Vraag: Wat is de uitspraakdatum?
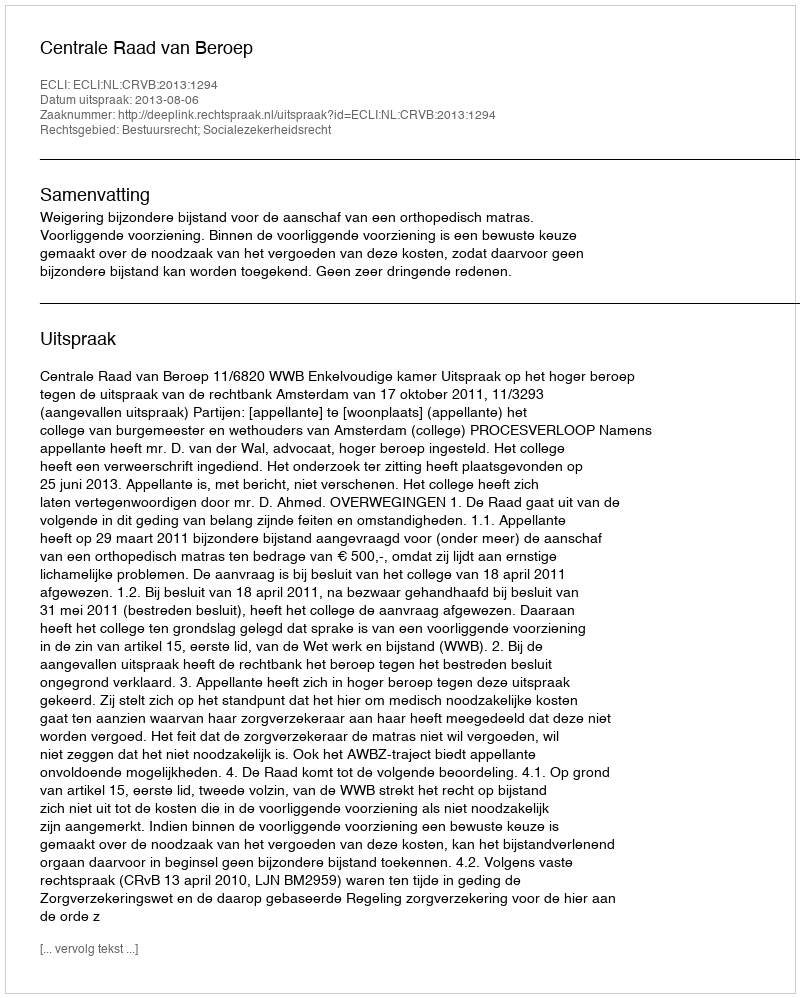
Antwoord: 2013-08-06